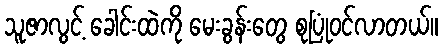
သူဇာလွင့် ခေါင်းထဲကို မေးခွန်းတွေ စုပြုံဝင်လာတယ်။